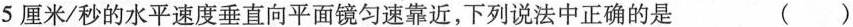
5厘米/秒的水平速度垂直向平面镜匀速靠近，下列说法中正确的是 ()